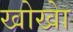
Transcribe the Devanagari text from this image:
खोखाे